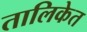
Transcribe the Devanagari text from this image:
तालिकेत